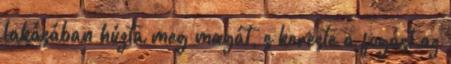
lakásában húzta meg magát, s kereste a fogást az